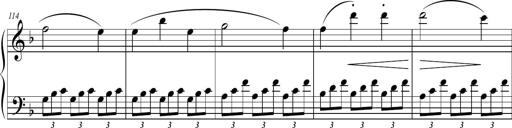
Title: 2 Sonatines faciles et brillantes pour le piano-forte seul
Composer: Carl Czerny